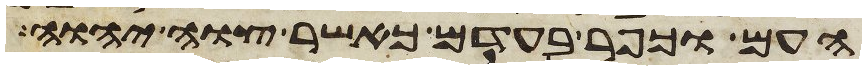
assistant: העם וכפר בעדם כאשר צוה יהוה